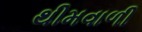
થીમવાળી